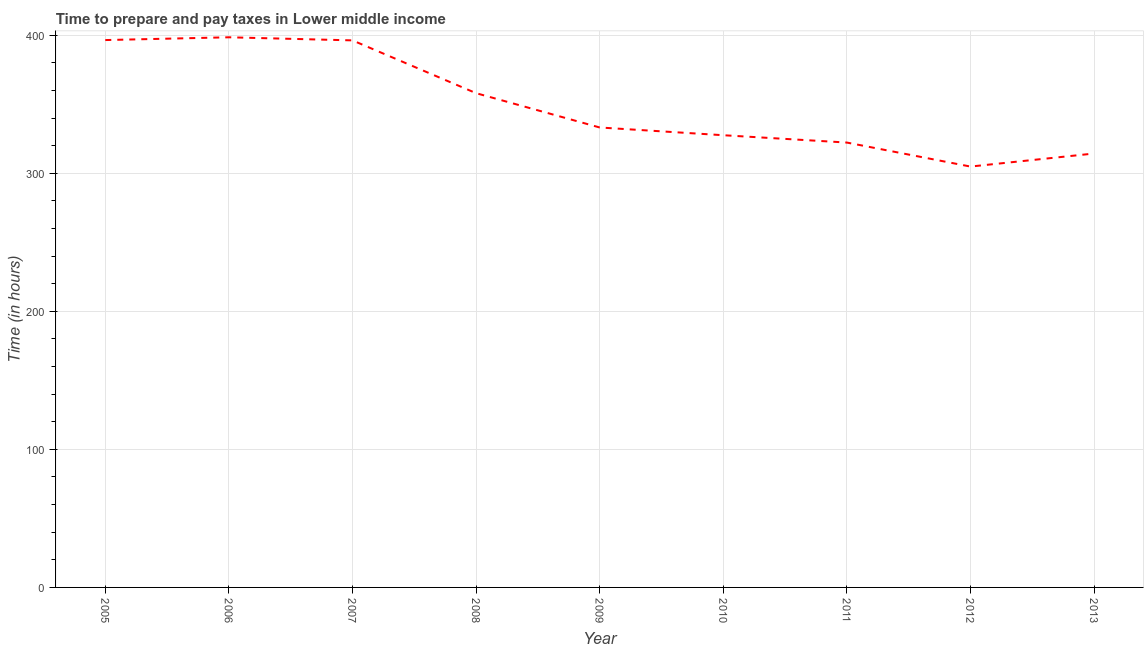
| Year | Time to prepare and pay taxes |
 | --- | --- |
 | 2005 | 396 |
 | 2006 | 398 |
 | 2007 | 396 |
 | 2008 | 358 |
 | 2009 | 333 |
 | 2010 | 328 |
 | 2011 | 322 |
 | 2012 | 305 |
 | 2013 | 314 |